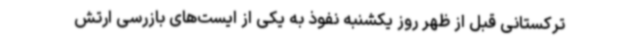
ترکستانی قبل از ظهر روز یکشنبه نفوذ به یکی از ایست‌های بازرسی ارتش